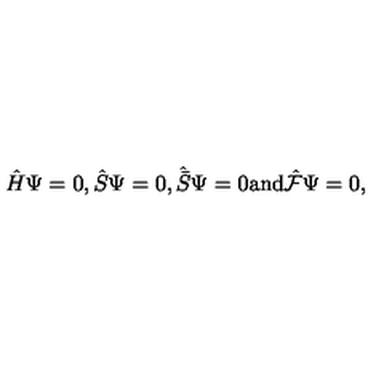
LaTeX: \hat { H } \Psi = 0 , \hat { S } \Psi = 0 , { \hat { \bar { S } } } \Psi = 0 \mathrm { a n d } \hat { \cal F } \Psi = 0 ,